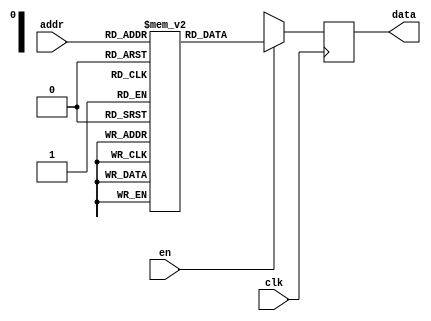
module rom(input clk,input en,input[3:0] addr, output reg[3:0] data);
  reg [3:0] mem[15:0];
  always@(posedge clk)
    begin 
      if(en)
        data<=mem[addr];
      else
        data<=4'bxxxx;
    end 
  initial begin
    mem[0]=4'b0010;
    mem[1]=4'b0010;
    mem[2]=4'b1110;
    mem[3]=4'b0010;
    mem[4]=4'b0100;
    mem[5]=4'b1010;
    mem[6]=4'b1100;
    mem[7]=4'b0000;
    mem[8]=4'b1010;
    mem[9]=4'b0010;
    mem[10]=4'b1110;
    mem[11]=4'b0010;
    mem[12]=4'b0100;
    mem[13]=4'b1010;
    mem[14]=4'b1100;
    mem[15]=4'b0000;
  end
endmodule